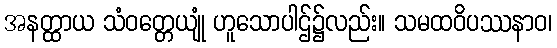
အနတ္ထာယ သံဝတ္တေယျုံ ဟူသောပါဌ်၌လည်း။ သမထဝိပဿနာဝ၊